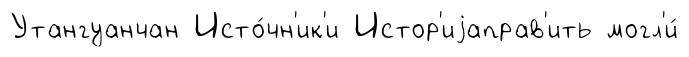
Утангуанчан Исто́чн'ик'и Истор'иjаправ'ить могл'и́